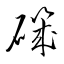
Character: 磯